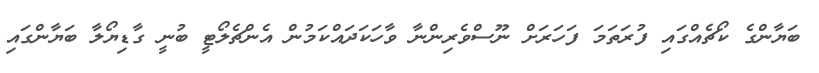
ބަޔާންގެ ކޯޗެއްގައި ފުރަތަމަ ފަހަރަށް ނޫސްވެރިންނާ ވާހަކަދައްކަމުން އެންޗެލޯޓީ ބުނީ ގާޑިޔޯލާ ބަޔާންގައި